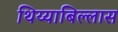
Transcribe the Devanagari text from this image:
थिय्याबिल्लास